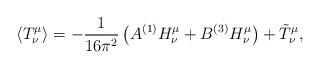
\begin{align*}\langle T^\mu_\nu \rangle = -{1 \over 16 \pi^2} \left( A {}^{(1)}H^\mu_\nu + B {}^{(3)} H^\mu_\nu \right) + \tilde{T}^\mu_\nu,\end{align*}